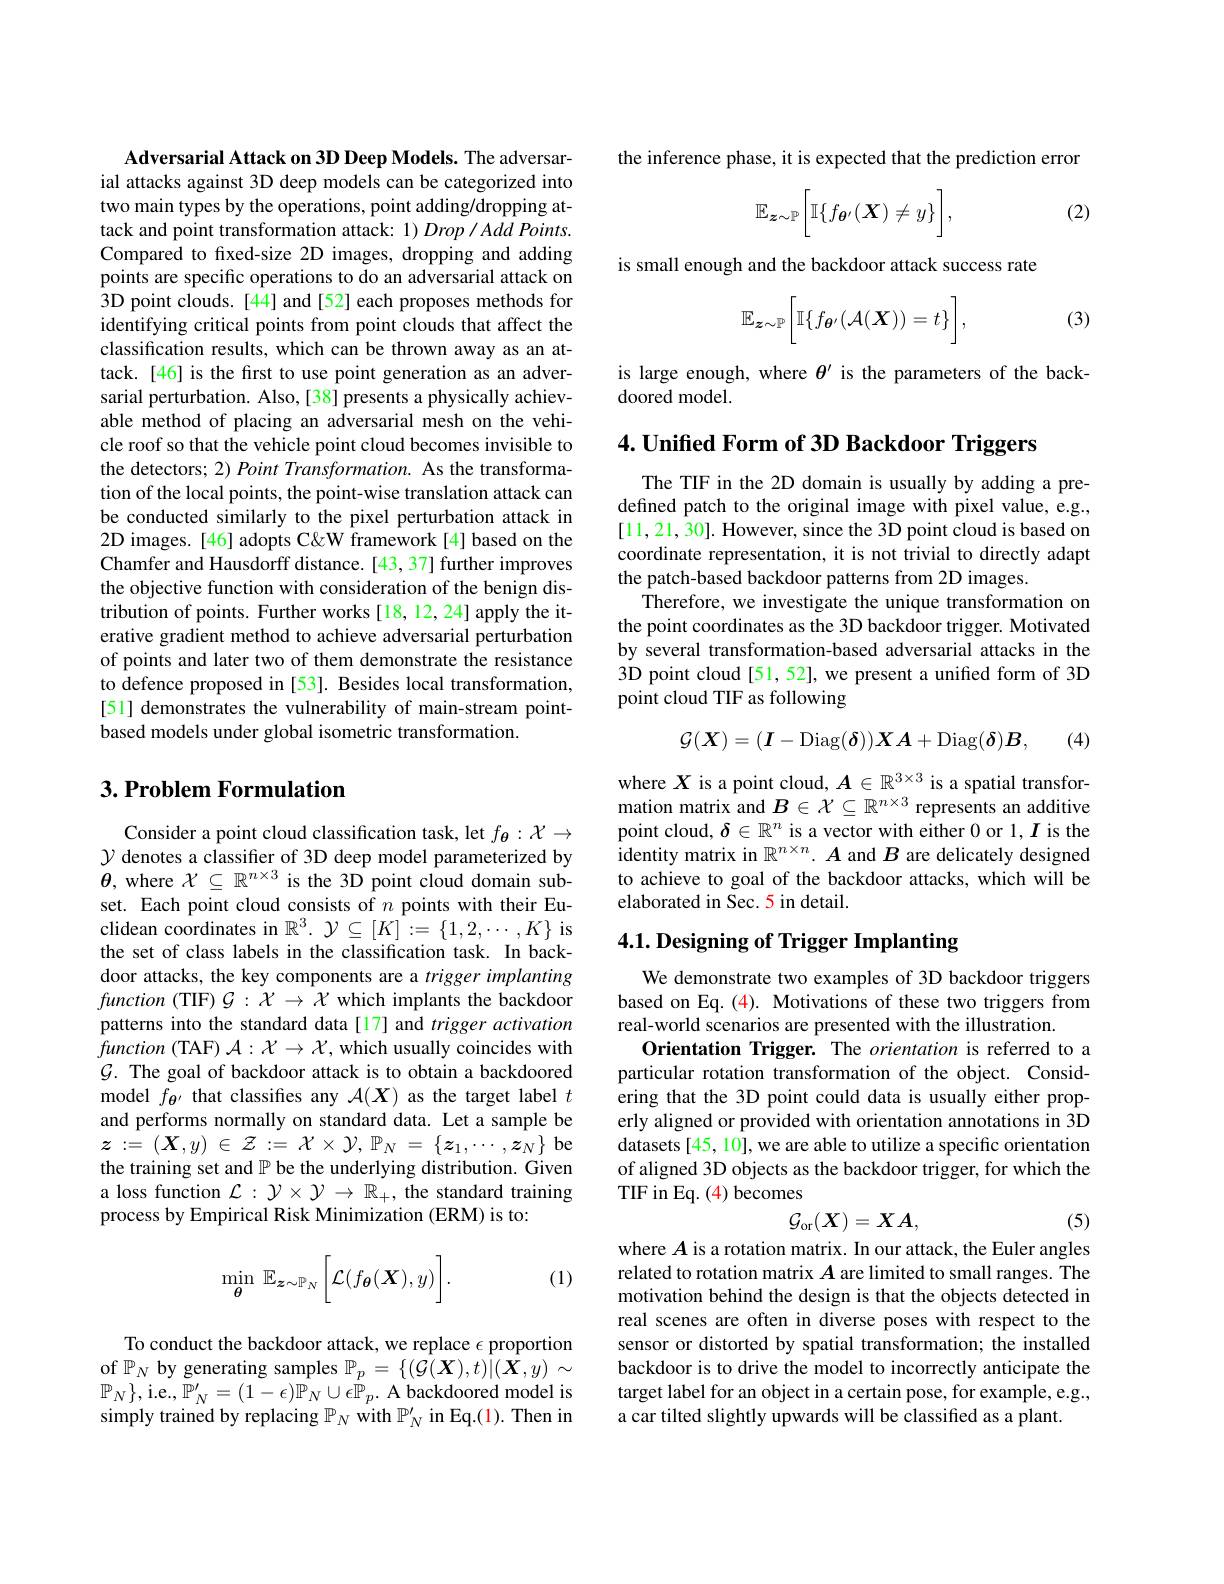
Adversarial Attack on 3D Deep Models. The adversarial attacks against 3D deep models can be categorized into two main types by the operations, point adding/dropping attack and point transformation attack: 1) Drop/Add Points. Compared to fixed-size 2D images, dropping and adding points are specific operations to do an adversarial attack on 3D point clouds. [44] and [52] each proposes methods for identifying critical points from point clouds that affect the classification results, which can be thrown away as an attack.[46] is the first to use point generation as an adversarial perturbation. Also,[38] presents a physically achievable method of placing an adversarial mesh on the vehicle roof so that the vehicle point cloud becomes invisible to the detectors; 2) Point Transformation. As the transformation of the local points, the point-wise translation attack can be conducted similarly to the pixel perturbation attack in 2D images. [46] adopts C&W framework [4] based on the Chamfer and Hausdorff distance. [43,37] further improves the objective function with consideration of the benign distribution of points. Further works [18, 12, 24] apply the iterative gradient method to achieve adversarial perturbation of points and later two of them demonstrate the resistance to defence proposed in [53]. Besides local transformation, [51] demonstrates the vulnerability of main-stream pointbased models under global isometric transformation.

## $3. \textbf{Problem Formulation}$

Consider a point cloud classification task, let $f_{\theta}:\mathcal{X}\to$ $\mathcal{Y}$ denotes a classifier of 3D deep model parameterized by $\boldsymbol{\theta}$, where $\mathcal{X}\subseteq\mathbb{R}^n\times3$ is the 3D point cloud domain subset. Each point cloud consists of $n$ points with their Euclidean coordinates in $\mathbb{R}^3.\mathcal{Y}\subseteq[K]:=\{1,2,\cdots,K\}$ is the set of class labels in the classification task. In backdoor attacks, the key components are a trigger implanting $function~($TIF)$\mathcal{G}:\mathcal{X}\to\mathcal{X}$ which implants the backdoor patterns into the standard data[17] and trigger activation $function~($TAF) $\mathcal{A}:\mathcal{X}\to\mathcal{X}$, which usually coincides with $\mathcal{G}.$ The goal of backdoor attack is to obtain a backdoored model $f_{\boldsymbol{\theta}^{\prime}}$ that classifes any $\mathcal{A}(\boldsymbol X)$ as the target label $t$ and performs normally on standard data. Let a sample be $\boldsymbol{z}: = \left ( \boldsymbol{X}, y\right ) \in \mathcal{Z} : = \mathcal{X} \times \mathcal{Y} $, $\mathbb{P} _{N}= \left \{ \boldsymbol{z}_{1}, \cdots , \boldsymbol{z}_{N}\right \}$be the training set and $\mathbb{P}$ be the underlying distribution. Given a loss function $\mathcal{L}:\mathcal{Y}\times\mathcal{Y}\to\mathbb{R}_+$, the standard training process by Empirical Risk Minimization (ERM) is to:
$$\min_{\boldsymbol{\theta}}\:\mathbb{E}_{\boldsymbol{z}\sim\mathbb{P}_N}\bigg[\mathcal{L}(f_{\boldsymbol{\theta}}(\boldsymbol{X}),y)\bigg].$$
(1)

To conduct the backdoor attack, we replace $\epsilon$ proportion of $\mathbb{P}_N$ by generating samples $\mathbb{P}_p=\{(\mathcal{G}(\boldsymbol{X}),t)|(\bar{\boldsymbol{X}},y)\sim$ $\mathbb{P}_{N}\}$,i.e.,$\mathbb{P}_N^\prime=(1-\epsilon)\mathbb{P}_N\cup\epsilon\mathbb{P}_p.$ A backdoored model is simply trained by replacing $\mathbb{P}_N$ with $\mathbb{P}_N^\prime$ in Eq.(1). Then in

the inference phase, it is expected that the prediction error

(2)
$$\mathbb{E}_{\boldsymbol{z}\sim\mathbb{P}}\bigg[\mathbb{I}\{f_{\boldsymbol{\theta}'}(\boldsymbol{X})\neq y\}\bigg],$$
is small enough and the backdoor attack success rate

(3)
$$\mathbb{E}_{\boldsymbol{z}\sim\mathbb{P}}\bigg[\mathbb{I}\{f_{\boldsymbol{\theta}'}(\mathcal{A}(\boldsymbol{X}))=t\}\bigg],$$
is large enough, where $\theta^{\prime}$ is the parameters of the back-
doored model.

4. Unified Form of 3D Backdoor Triggers

The TIF in the 2D domain is usually by adding a predefined patch to the original image with pixel value, e.g., [11,21,30]. However, since the 3D point cloud is based on coordinate representation, it is not trivial to directly adapt the patch-based backdoor patterns from 2D images.
Therefore, we investigate the unique transformation on the point coordinates as the 3D backdoor trigger. Motivated by several transformation-based adversarial attacks in the 3D point cloud [51,52], we present a unified form of 3D point cloud TIF as following

(4)
$$\mathcal{G}(\boldsymbol{X})=(\boldsymbol{I}-\mathrm{Diag}(\boldsymbol{\delta}))\boldsymbol{X}\boldsymbol{A}+\mathrm{Diag}(\boldsymbol{\delta})\boldsymbol{B},$$
where $X$ is a point cloud, $A\in\mathbb{R}^{3\times3}$ is a spatial transformation matrix and $B\in\mathcal{X}\subseteq\mathbb{R}^{n\times3}$ represents an additive point cloud, $\delta\in\mathbb{R}^n$ is a vector with either 0 or 1, I is the identity matrix in $\mathbb{R}^{n\times n}.A$ and $B$ are delicately designed to achieve to goal of the backdoor attacks, which will be elaborated in Sec. 5 in detail.

# $4. 1. \textbf{ Designing of Trigger Implanting}$

We demonstrate two examples of 3D backdoor triggers based on Eq.(4). Motivations of these two triggers from real-world scenarios are presented with the illustration.
Orientation Trigger. The orientation is referred to a particular rotation transformation of the object. Considering that the 3D point could data is usually either properly aligned or provided with orientation annotations in 3D datasets [45, 10], we are able to utilize a specific orientation of aligned 3D objects as the backdoor trigger, for which the TIF in Eq. (4) becomes
$$\mathcal{G}_{\mathrm{or}}(X)=XA,$$
(5)

where $A$ is a rotation matrix. In our attack, the Euler angles related to rotation matrix $A$ are limited to small ranges. The motivation behind the design is that the objects detected in real scenes are often in diverse poses with respect to the sensor or distorted by spatial transformation; the installed backdoor is to drive the model to incorrectly anticipate the target label for an object in a certain pose, for example, e.g., a car tilted slightly upwards will be classified as a plant